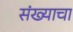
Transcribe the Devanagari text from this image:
संख्याचा